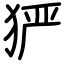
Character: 𤞤